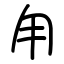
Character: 甪